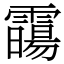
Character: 霷